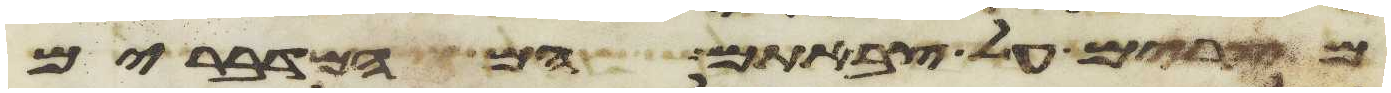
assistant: מצרים על צבאתם הם המדברים